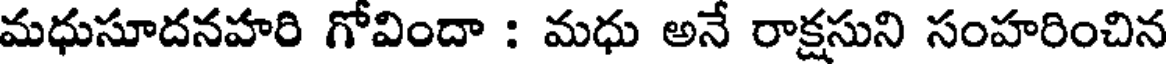
మధుసూదనహరి గోవిందా : మధు అనే రాక్షసుని సంహరించిన